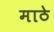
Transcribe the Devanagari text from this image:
माठे